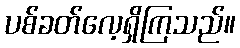
ပစ်ခတ်လေ့ရှိကြသည်။